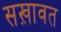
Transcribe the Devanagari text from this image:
सख़ावत